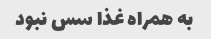
به همراه غذا سس نبود